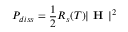
P _ { d i s s } = \frac { 1 } { 2 } R _ { s } ( T ) | \textbf { H } | ^ { 2 }